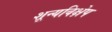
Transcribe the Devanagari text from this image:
शून्यविक्षेप